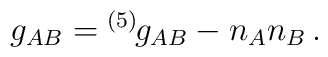
g_{AB}={}^{(5)\!}g_{AB}-n_A n_B \,.